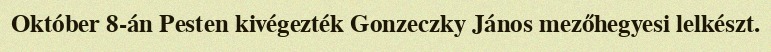
Október 8-án Pesten kivégezték Gonzeczky János mezőhegyesi lelkészt.